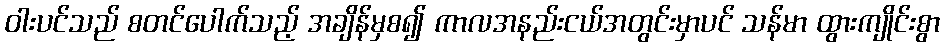
ဝါးပင်သည် စတင်ပေါက်သည့် အချိန်မှစ၍ ကာလအနည်းငယ်အတွင်းမှာပင် သန်မာ ထွားကျိုင်းစွာ